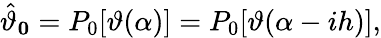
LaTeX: \hat{\vartheta}_{\boldsymbol 0}=P_{0}[\vartheta(\alpha)]=P_{0}[\vartheta(\alpha-ih)],